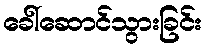
ခေါ်ဆောင်သွားခြင်း